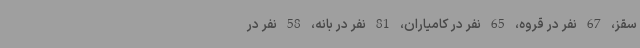
سقز، 67 نفر در قروه، 65 نفر در کامیاران، 81 نفر در بانه، 58 نفر در